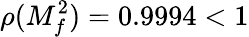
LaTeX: \rho(M_{f}^{2})=0.9994<1